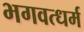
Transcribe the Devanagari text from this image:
भगवत्धर्म